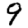
Digit: 9